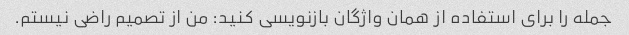
جمله را برای استفاده از همان واژگان بازنویسی کنید: من از تصمیم راضی نیستم.